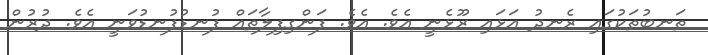
ތަނބުތަކުގައި ރެނދު އަޅައި ރޫޅެނީ އެވެ. އެވެ. ފަންގިފިލާތައް ފުނޑުފުނޑުވަނީ އެވެ. ދުރުން